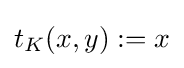
t_{K}(x,y):=x